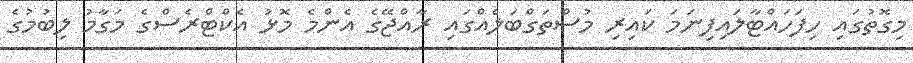
މިގޮތުގައި ހިފަހައްޓާލައިފިނަމަ ކައިރި މުސްތަގްބަލެއްގައި ރާއްޖޭގެ އެންމެ މޮޅު އެކްޓްރެސްގެ މަގާމު ލިބުމުގެ